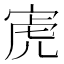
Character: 𫳔